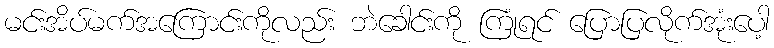
မင်းအိပ်မက်အကြောင်းကိုလည်း ဘဲခေါင်းကို ကြုံရင် ပြောပြလိုက်အုံးပေါ့